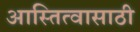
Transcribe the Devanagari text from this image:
आस्तित्वासाठी